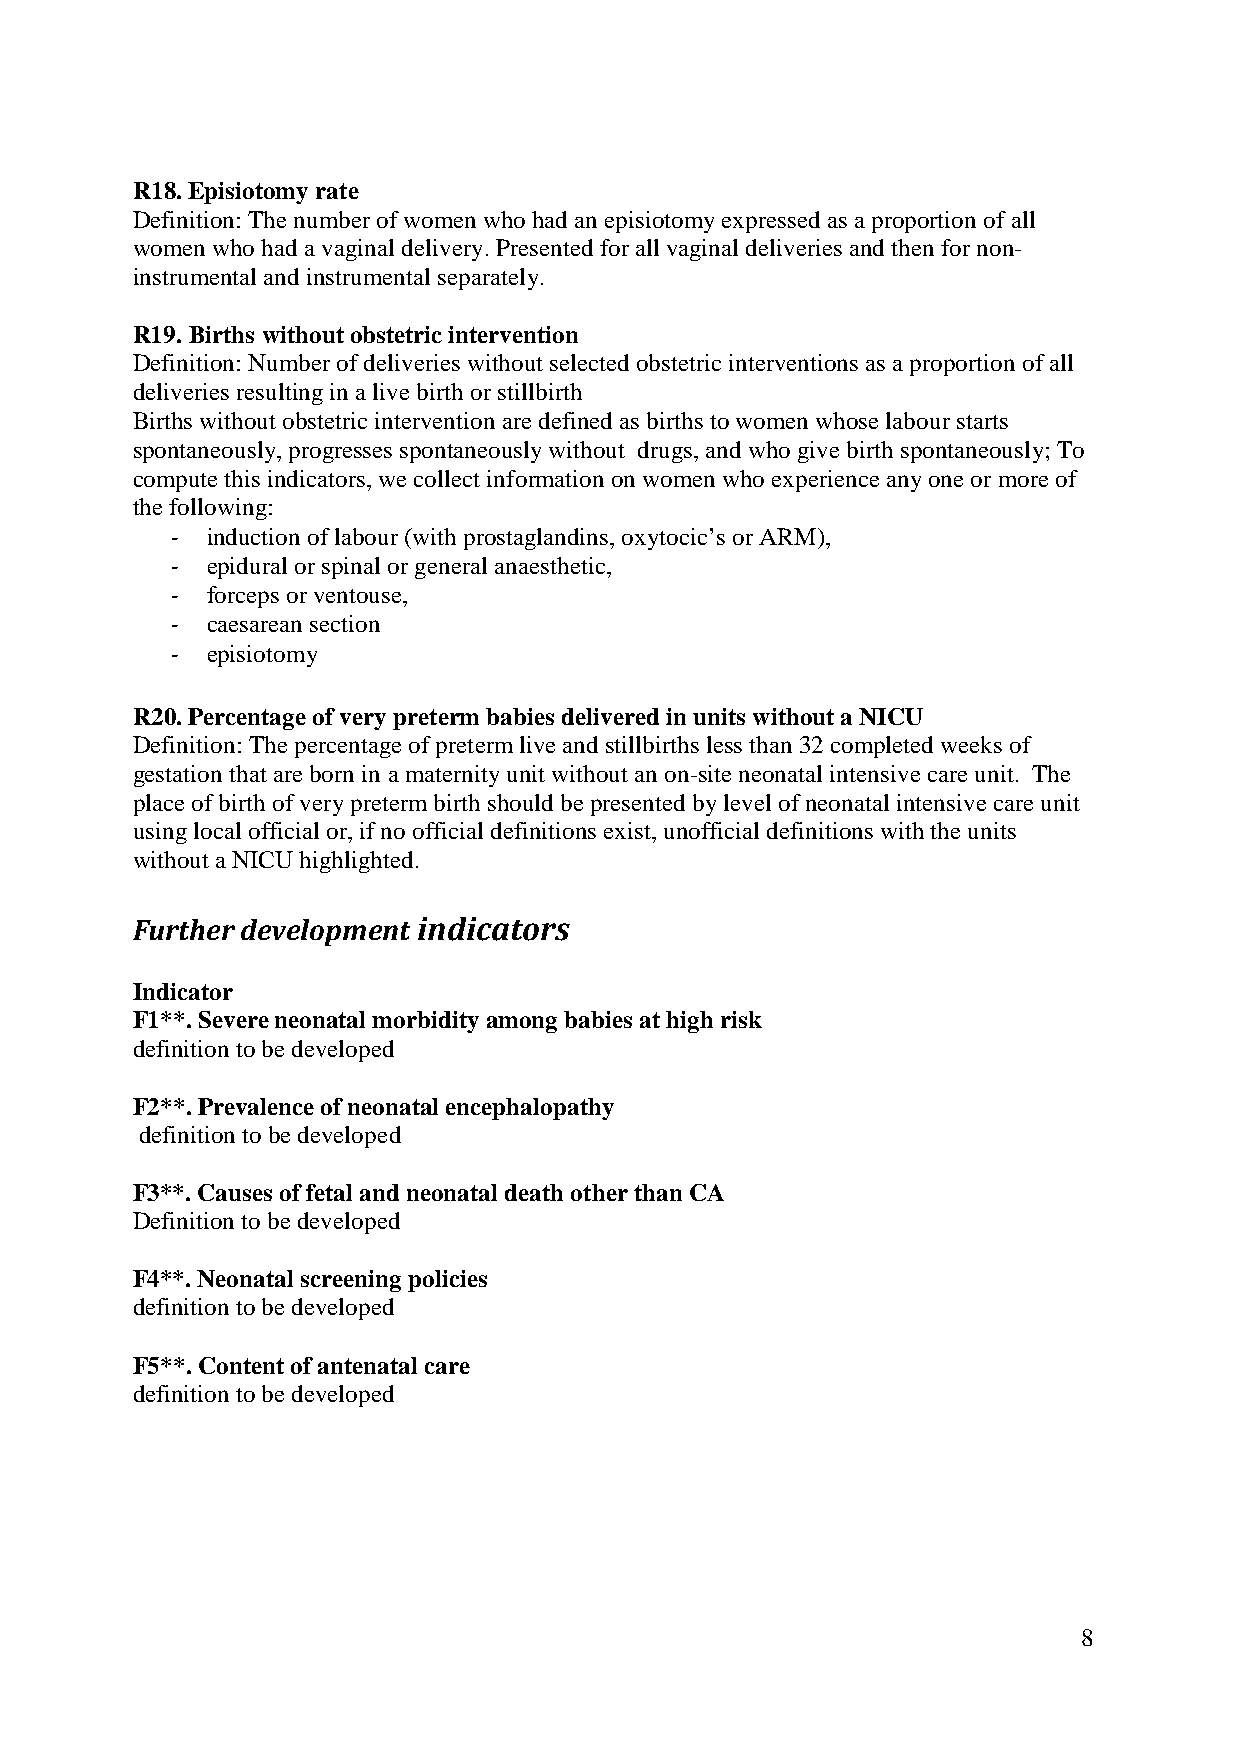
R18. Episiotomy rate
 Definition: The number of women who had an episiotomy expressed as a proportion of all
 women who had a vaginal delivery. Presented for all vaginal deliveries and then for non-
 instrumental and instrumental separately.
 R19.Births without obstetric intervention
 Definition: Number of deliveries without selected obstetric interventions as a proportion of all
 deliveries resulting in a live birth or stillbirth
 Births without obstetric intervention are defined as births to women whose labour starts
 spontaneously, progresses spontaneously without drugs, and who give birth spontaneously; To
 compute this indicators, we collect information on women who experience any one or more of
 the following:
 -  induction of labour (with prostaglandins, oxytocic’s or ARM),
 -  epidural or spinal or general anaesthetic,
 -  forceps or ventouse,
 -  caesarean section
 -  episiotomy
 R20. Percentage of very preterm babies delivered in units without a NICU
 Definition: The percentage of preterm live and stillbirths less than 32 completed weeks of
 gestation that are born in a maternity unit without an on-site neonatal intensive care unit. The
 place of birth of verypreterm birth should be presented by level of neonatal intensive care unit
 using local official or, if no official definitions exist, unofficial definitions with the units
 without a NICU highlighted.
 Further development indicators
 Indicator
 F1**. Severe neonatal morbidity among babies at high risk
 definition to be developed
 F2**. Prevalence of neonatal encephalopathy
 definition to be developed
 F3**. Causes of fetal and neonatal death other than CA
 Definition to be developed
 F4**. Neonatal screening policies
 definition to be developed
 F5**. Content of antenatal care
 definition to be developed
 8